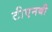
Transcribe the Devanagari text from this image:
टीएनबी